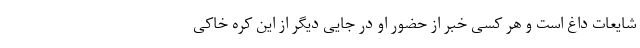
شایعات داغ است و هر کسی خبر از حضور او در جایی دیگر از این کره خاکی